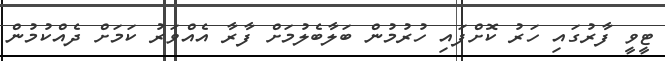
ޓީވީ ފާރުގައި ހަރު ކޮށްފައި ހުރުމުން ބަލާބެލުމަށް ފާރާ އެއްވަރު ކަމަށް ދެއްކުމުން